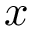
x